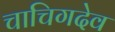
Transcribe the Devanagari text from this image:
चाचिगदेव